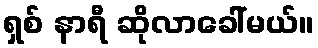
ရှစ် နာရီ ဆိုလာခေါ်မယ်။